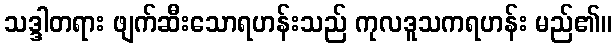
သဒ္ဒါတရား ဖျက်ဆီးသောရဟန်းသည် ကုလဒူသကရဟန်း မည်၏။